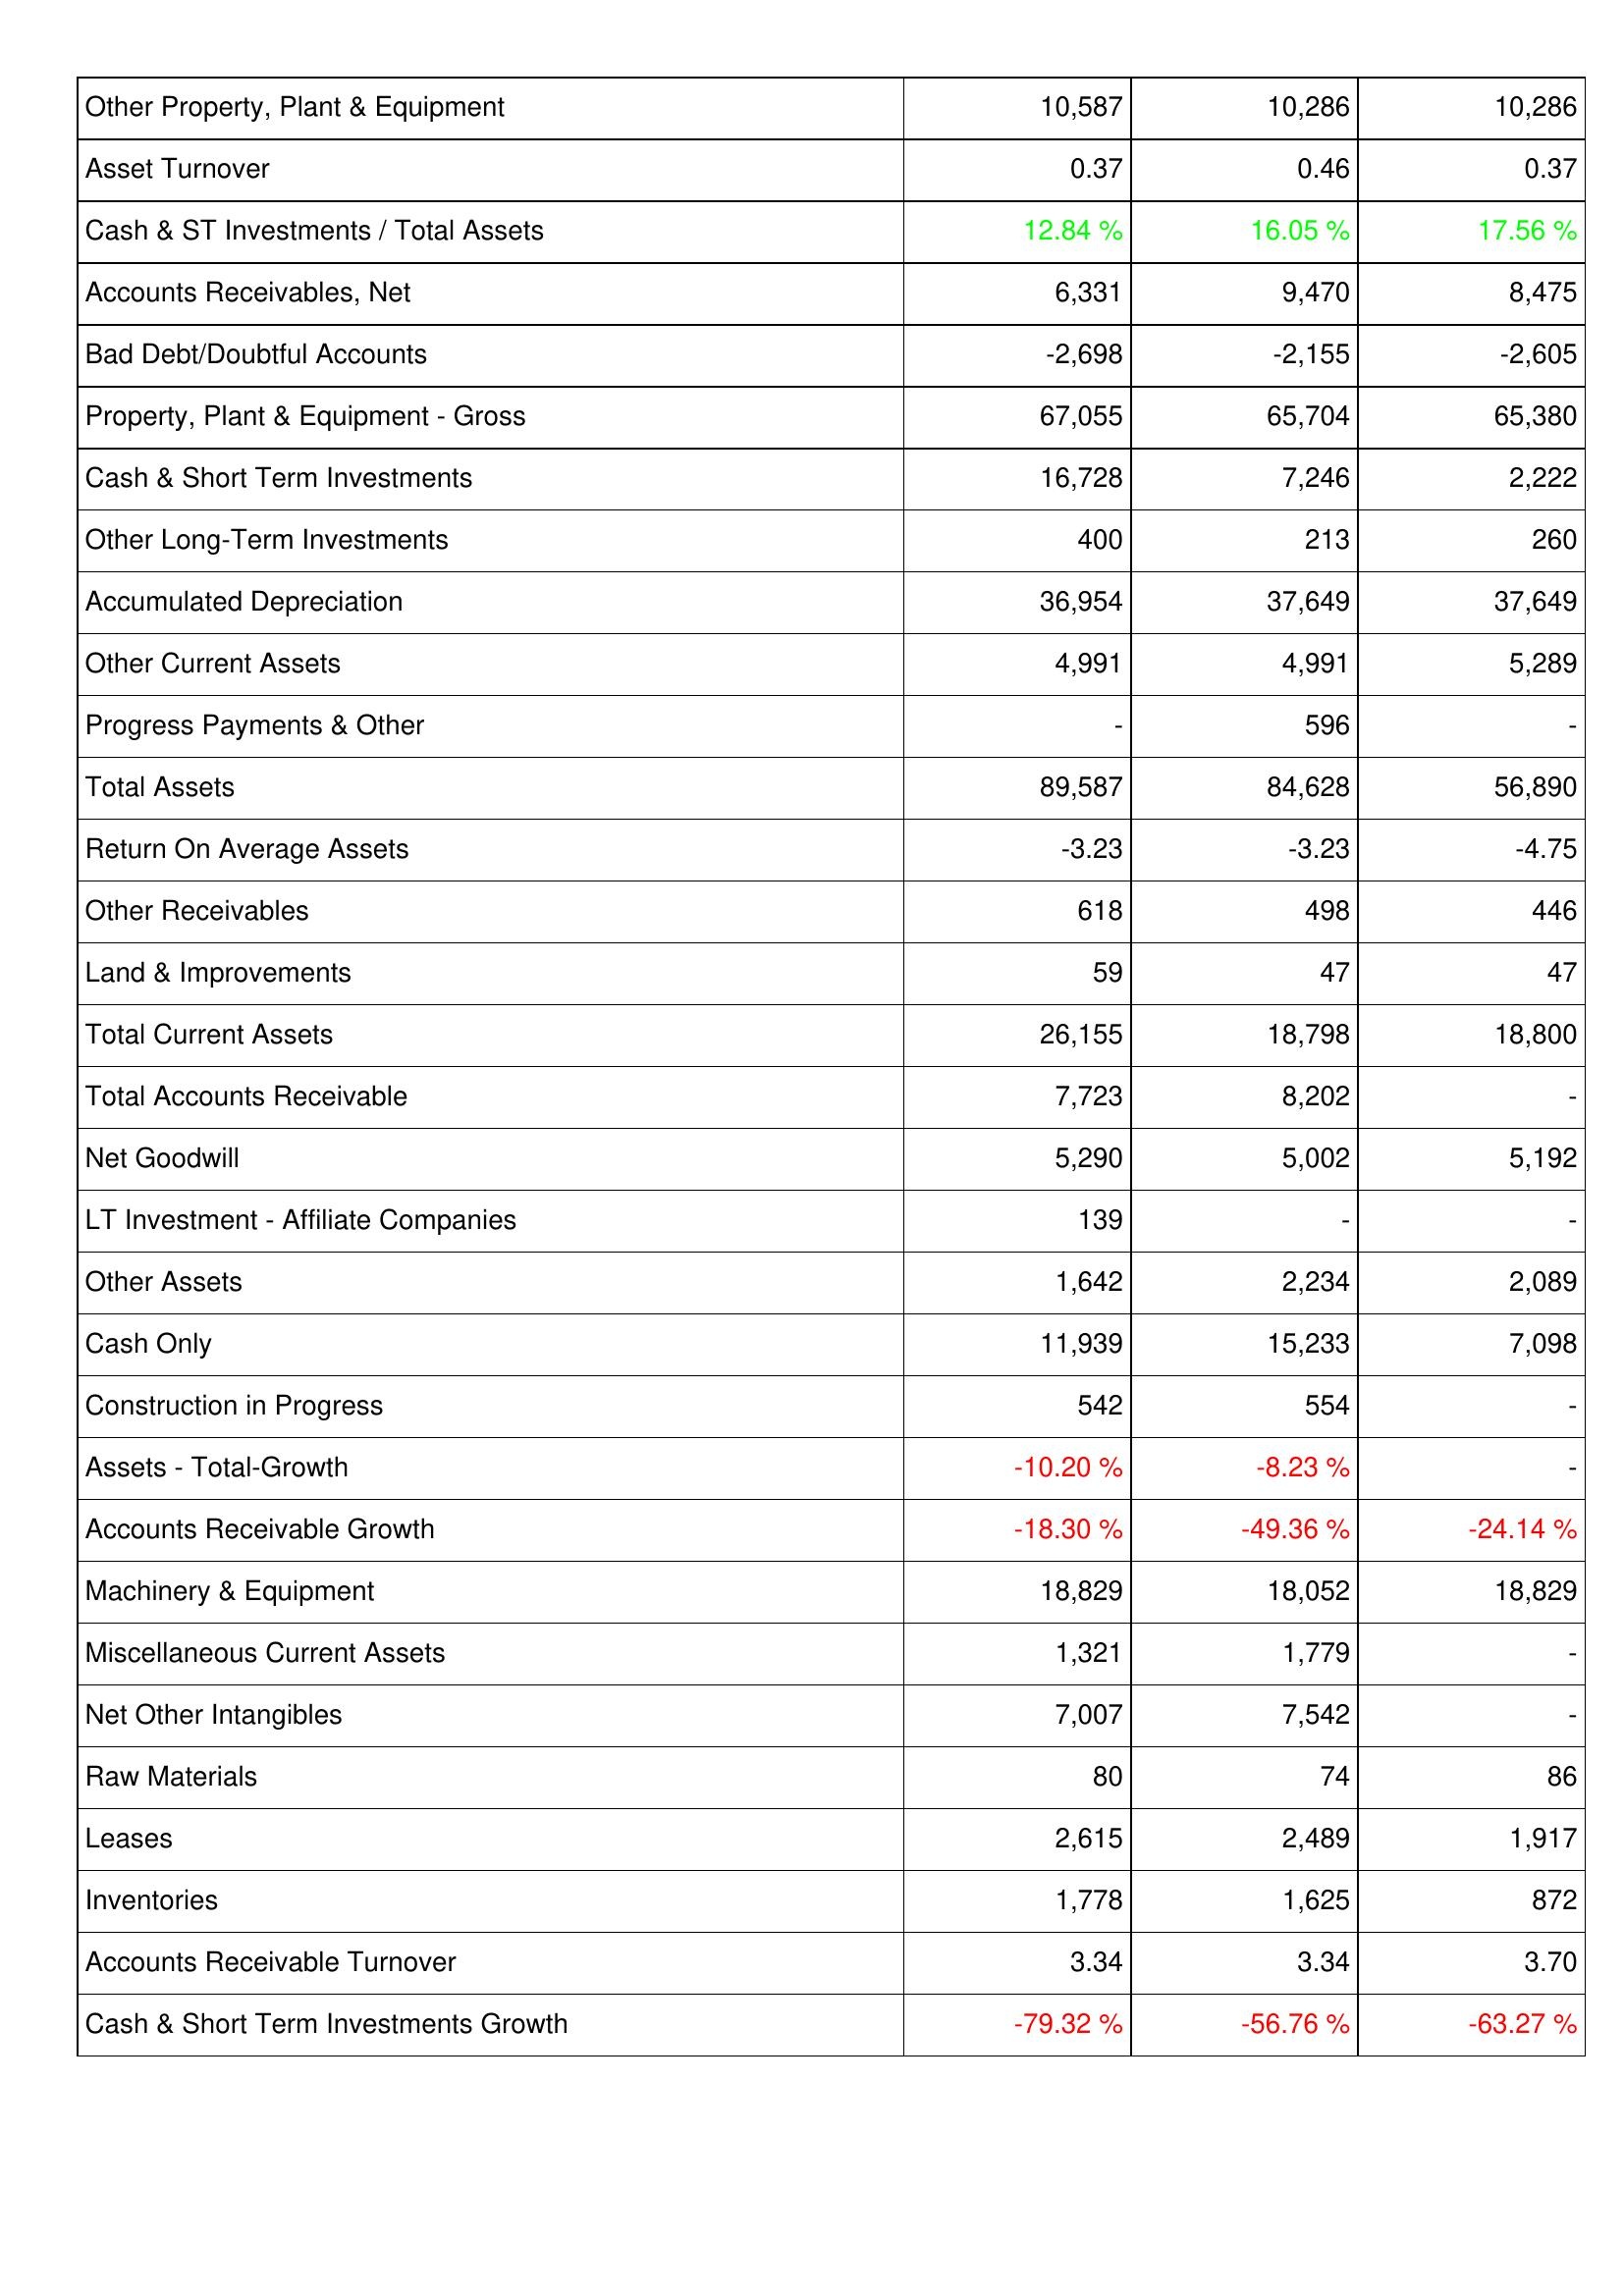
2020: Assets: Other Property, Plant & Equipment: 10,587
Asset Turnover: 0.37
Cash & ST Investments / Total Assets: 12.84 %
Accounts Receivables, Net: 6,331
Bad Debt/Doubtful Accounts: -2,698
Property, Plant & Equipment - Gross: 67,055
Cash & Short Term Investments: 16,728
Other Long-Term Investments: 400
Accumulated Depreciation: 36,954
Other Current Assets: 4,991
Progress Payments & Other: -
Total Assets: 89,587
Return On Average Assets: -3.23
Other Receivables: 618
Land & Improvements: 59
Total Current Assets: 26,155
Total Accounts Receivable: 7,723
Net Goodwill: 5,290
LT Investment - Affiliate Companies: 139
Other Assets: 1,642
Cash Only: 11,939
Construction in Progress: 542
Assets - Total-Growth: -10.20 %
Accounts Receivable Growth: -18.30 %
Machinery & Equipment: 18,829
Miscellaneous Current Assets: 1,321
Net Other Intangibles: 7,007
Raw Materials: 80
Leases: 2,615
Inventories: 1,778
Accounts Receivable Turnover: 3.34
Cash & Short Term Investments Growth: -79.32 %
2019: Assets: Other Property, Plant & Equipment: 10,286
Asset Turnover: 0.46
Cash & ST Investments / Total Assets: 16.05 %
Accounts Receivables, Net: 9,470
Bad Debt/Doubtful Accounts: -2,155
Property, Plant & Equipment - Gross: 65,704
Cash & Short Term Investments: 7,246
Other Long-Term Investments: 213
Accumulated Depreciation: 37,649
Other Current Assets: 4,991
Progress Payments & Other: 596
Total Assets: 84,628
Return On Average Assets: -3.23
Other Receivables: 498
Land & Improvements: 47
Total Current Assets: 18,798
Total Accounts Receivable: 8,202
Net Goodwill: 5,002
LT Investment - Affiliate Companies: -
Other Assets: 2,234
Cash Only: 15,233
Construction in Progress: 554
Assets - Total-Growth: -8.23 %
Accounts Receivable Growth: -49.36 %
Machinery & Equipment: 18,052
Miscellaneous Current Assets: 1,779
Net Other Intangibles: 7,542
Raw Materials: 74
Leases: 2,489
Inventories: 1,625
Accounts Receivable Turnover: 3.34
Cash & Short Term Investments Growth: -56.76 %
2018: Assets: Other Property, Plant & Equipment: 10,286
Asset Turnover: 0.37
Cash & ST Investments / Total Assets: 17.56 %
Accounts Receivables, Net: 8,475
Bad Debt/Doubtful Accounts: -2,605
Property, Plant & Equipment - Gross: 65,380
Cash & Short Term Investments: 2,222
Other Long-Term Investments: 260
Accumulated Depreciation: 37,649
Other Current Assets: 5,289
Progress Payments & Other: -
Total Assets: 56,890
Return On Average Assets: -4.75
Other Receivables: 446
Land & Improvements: 47
Total Current Assets: 18,800
Total Accounts Receivable: -
Net Goodwill: 5,192
LT Investment - Affiliate Companies: -
Other Assets: 2,089
Cash Only: 7,098
Construction in Progress: -
Assets - Total-Growth: -
Accounts Receivable Growth: -24.14 %
Machinery & Equipment: 18,829
Miscellaneous Current Assets: -
Net Other Intangibles: -
Raw Materials: 86
Leases: 1,917
Inventories: 872
Accounts Receivable Turnover: 3.70
Cash & Short Term Investments Growth: -63.27 %